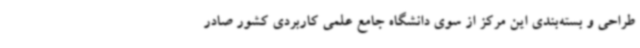
طراحی و بسته‌بندی این مرکز از سوی دانشگاه جامع علمی کاربردی کشور صادر